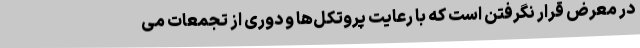
در معرض قرار نگرفتن است که با رعایت پروتکل‌ها و دوری از تجمعات می